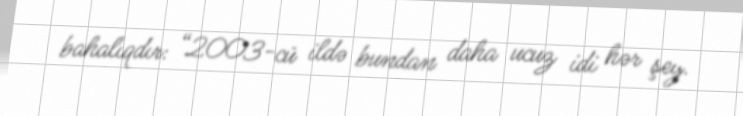
bahalıqdır: “2003-cü ildə bundan daha ucuz idi hər şey.